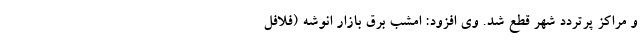
و مراکز پرتردد شهر قطع شد. وی افزود: امشب برق بازار انوشه (فلافل‌